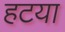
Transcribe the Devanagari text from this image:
हटया